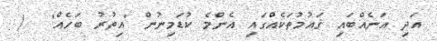
އަދި އަނެއްބައި ޤައުމުތަކެއްގައި އެންމެ ކުޑަމިނުން 'އިތުރު ބަހެއް'  /